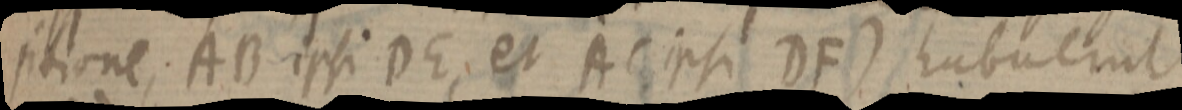
sitione; AB ipsi DE; et AC ipsi DF) habverut